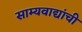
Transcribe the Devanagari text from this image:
साम्यवाद्यांची